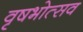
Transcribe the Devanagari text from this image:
वृषभोत्सव